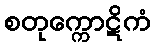
စတုက္ကောဋိကံ